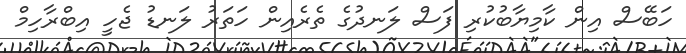
ހަބޭސް އިން ކާމިޔާބުކުރި ފަސް ލަނދުގެ ތެރެއިން ހަތަރު ލަނޑު ޖެހީ އިބްރާހިމް